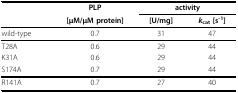
|  | PLP | <COLSPAN=2> activity |
 |  | [μM/μM protein] | [U/mg] | kcat [s-1] |
 | --- | --- | --- | --- |
 | wild-type | 0.7 | 31 | 47 |
 | T28A | 0.6 | 29 | 44 |
 | K31A | 0.6 | 29 | 44 |
 | S174A | 0.7 | 29 | 44 |
 | R141A | 0.7 | 27 | 40 |